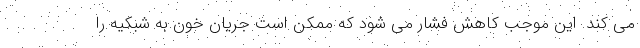
می کند. این موجب کاهش فشار می شود که ممکن است جریان خون به شبکیه را